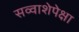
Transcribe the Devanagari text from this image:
सव्‍वाशेपेक्षा